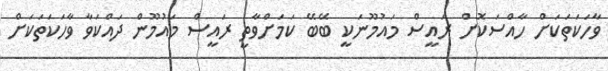
ވާހަކަތަކަށް ހާއްސަކޮށް ރައީސް މައުމޫނަކީ ބޭބޭ ކަމަށްވާތީ ރައީސް މައުމޫން ދައްކަވާ ވާހަކަތަކަށް